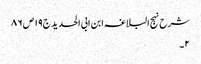
شرح نہج البلاغہ ابن ابی الحدید ج١٩ ص ٨٦
٢۔